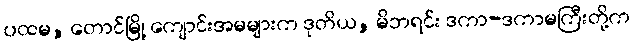
ပထမ, တောင်မြို့ ကျောင်းအမများက ဒုတိယ, မိဘရင်း ဒကာ-ဒကာမကြီးတို့က